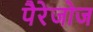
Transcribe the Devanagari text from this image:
पैरेजोज